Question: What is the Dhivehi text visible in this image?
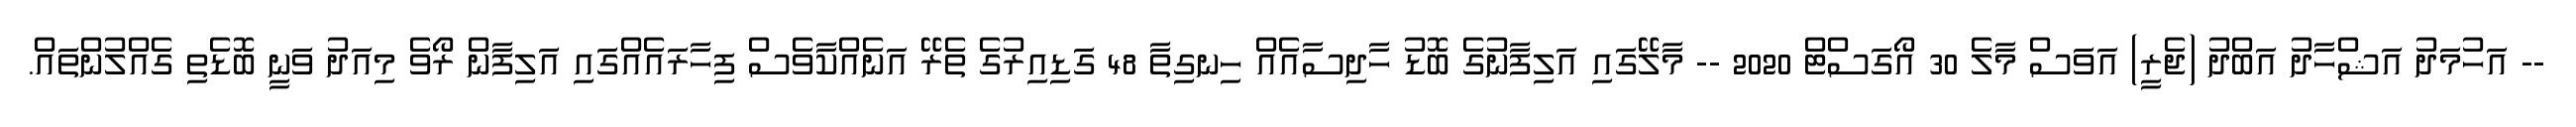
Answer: -- އަހުމަދު އަޝްހާދު އަބްދު (ޖެރީ) އަވަސް މާލެ 30 އޯގަސްޓް 2020 -- މާލޭގައި އަލިފާނުގެ ބޮޑު ހާދިސާއެއް ހިނގިތާ 48 ގަޑިއިރުގެ ތެރޭ އަނެއްކާވެސް ފިހާރައެއްގައި އަލިފާން ރޯވެ މިއަދު ވަނީ ބޮޑެތި ގެއްލުންތައް.